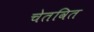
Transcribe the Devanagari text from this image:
चेतवित